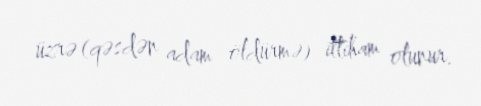
üzrə (qəsdən adam öldürmə) ittiham olunur.